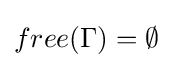
free(\Gamma )=\emptyset